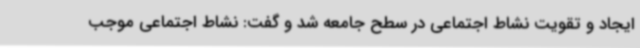
ایجاد و تقویت نشاط اجتماعی در سطح جامعه شد و گفت: نشاط اجتماعی موجب